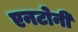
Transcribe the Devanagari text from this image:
एनटोनी